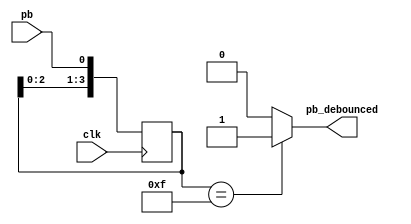
module debounce (pb_debounced, pb, clk);

  output    pb_debounced; // signal of a pushbutton after being debounced
  input     pb;           // signal from a pushbutton 
  input     clk;          
  
  reg [3:0] shift_reg;    // use shift_reg to filter pushbutton bounce 

  always @(posedge clk) 
    begin
      shift_reg[3:1] <= shift_reg[2:0];
      shift_reg[0] <= pb;
    end

  //assign pb_debounced = ((shift_reg == 4'b0000) ? 1'b0 : 1'b1);
  assign pb_debounced = ((shift_reg == 4'b1111) ? 1'b1 : 1'b0);

endmodule